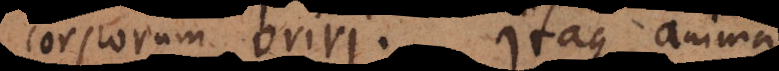
corporum oriri. Itaque anima